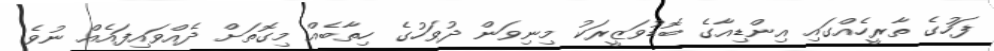
ފަހުގެ ތާރީހެއްގައި އިންޑިއާގެ ބޮޑުވަޒީރަކު މިނިވަން ދުވަހުގެ ހިތާބެއް މިގޮތަށް ދެއްވައިފައެއް ނުވެ